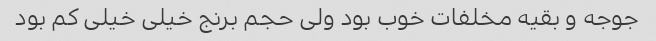
جوجه و بقیه مخلفات خوب بود ولی حجم برنج خیلی خیلی کم بود